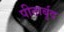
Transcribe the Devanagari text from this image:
पीतार्बुद